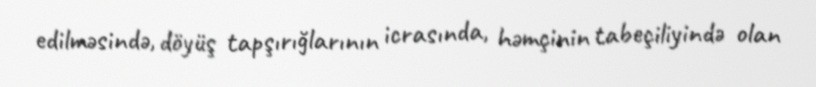
edilməsində, döyüş tapşırığlarının icrasında, həmçinin tabeçiliyində olan